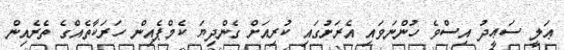
ޢަލީ ސަޢީދު އިސްވެ ހުންނަވައި އެރަށުގައި ކުރިއަށް ގެންދިޔަ ކެމްޕެއިން ހަރަކާތެއްގެ ތެރެއިން